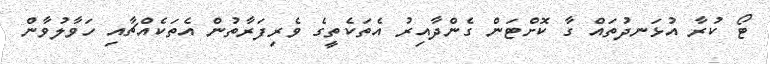
ޓޯ ކުރާ އުޅަނދުތައް ގާ ކޮށްޓަން ގެންދާއިރު އެތަކެތީގެ ވެރިފަރާތުން އެތަކެއްޗާއި ހަވާލުވާން